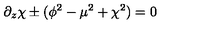
\partial _ { z } \chi \pm ( \phi ^ { 2 } - \mu ^ { 2 } + \chi ^ { 2 } ) = 0